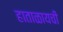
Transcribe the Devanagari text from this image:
हाताळायची